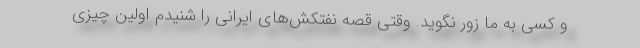
و کسی به ما زور نگوید. وقتی قصه نفتکش‌های ایرانی را شنیدم اولین چیزی